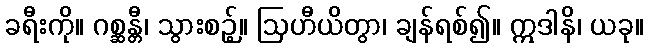
ခရီးကို။ ဂစ္ဆန္တီ၊ သွားစဉ့်။ ဩဟီယိတွာ၊ ချန်ရစ်၍။ ဣဒါနိ၊ ယခု။